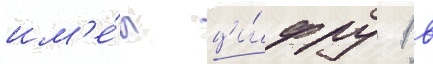
им'е́л ци́фру 1 в